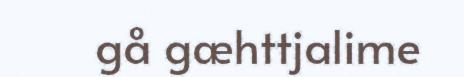
gå gæhttjalime